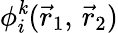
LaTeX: \phi_{i}^{\mathit{k}}({\vec{{r}}}_{1},\, {\vec{{r}}}_{2})